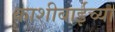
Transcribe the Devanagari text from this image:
काशीबाईच्या